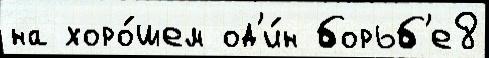
на хоро́шем од'и́н борьб'е8